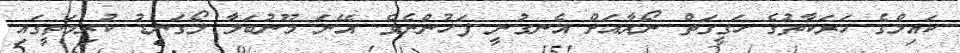
ކައިލްގެ ހަރަކާތުގެ ހަގީގަތް ނޯރާއަށް އެނގުނީ ފަހުންނެވެ. އޭނަ މޫނުބަލާ ލޯގަނޑު ކުރިމަތީގައި